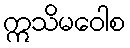
ဣသိမဝေါစ